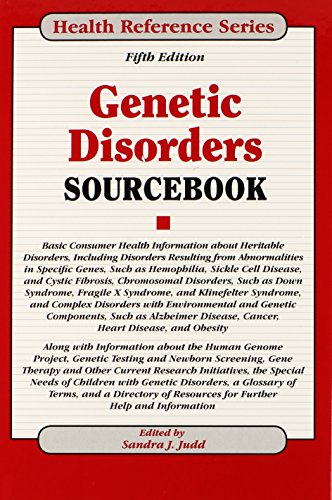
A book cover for Genetic Disorders Sourcebook; Health, Fitness & Dieting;